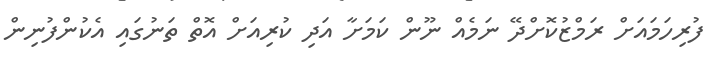
ފުރިހަމައަށް ރަމްޒުކޮށްދޭ ނަމެއް ނޫން ކަމަށާ އަދި ކުރިއަށް އޮތް ތަނުގައި އެކުންފުނިން